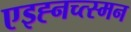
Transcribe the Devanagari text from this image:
एइह्नच्त्स्मन